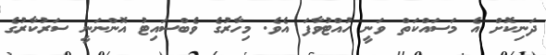
ދަނިކޮށް އެ މަސައްކަތް ވަނީ ހުއްޓުވާފަ އެވެ. މިހާރުގެ ވެބްސައިޓު އޮންނަނީ ސަރުކާރުގެ